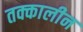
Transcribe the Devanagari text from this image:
तक्कालीन